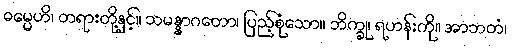
ဓမ္မေဟိ၊ တရားတို့နှင့်။ သမန္နာဂတော၊ ပြည့်စုံသော။ ဘိက္ခု၊ ရဟန်းကို။ အာဘတံ၊